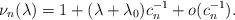
LaTeX: \begin{align*} \nu_n(\lambda)= 1+(\lambda+\lambda_0) c_n^{-1}+o(c_n^{-1}). \end{align*}